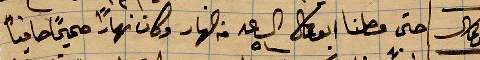
أبو علي حتى وصلنا أبو علي الساعة ٥ من النهار وكان نهارًأ صحيحًا صافيًا